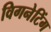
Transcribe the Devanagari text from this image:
विगनेटिंग